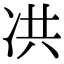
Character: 㓋